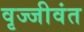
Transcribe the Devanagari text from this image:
वृज्जीवंत